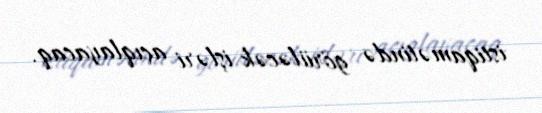
istiqamətində görüləcək işləri açıqlayacaq.